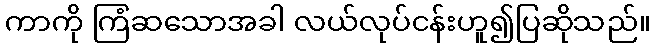
ကာကို ကြံဆသောအခါ လယ်လုပ်ငန်းဟူ၍ပြဆိုသည်။